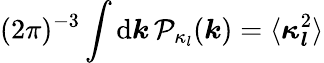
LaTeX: (2\pi)^{-3}\int\mathrm{d}\boldsymbol{k}\, \mathcal P_{\kappa_{l}}(\boldsymbol{k})=\langle\boldsymbol{\kappa_{l}}^{2}\rangle